Vaccination in Bombay 1856-1862 - 1856-1862
Year: 1856
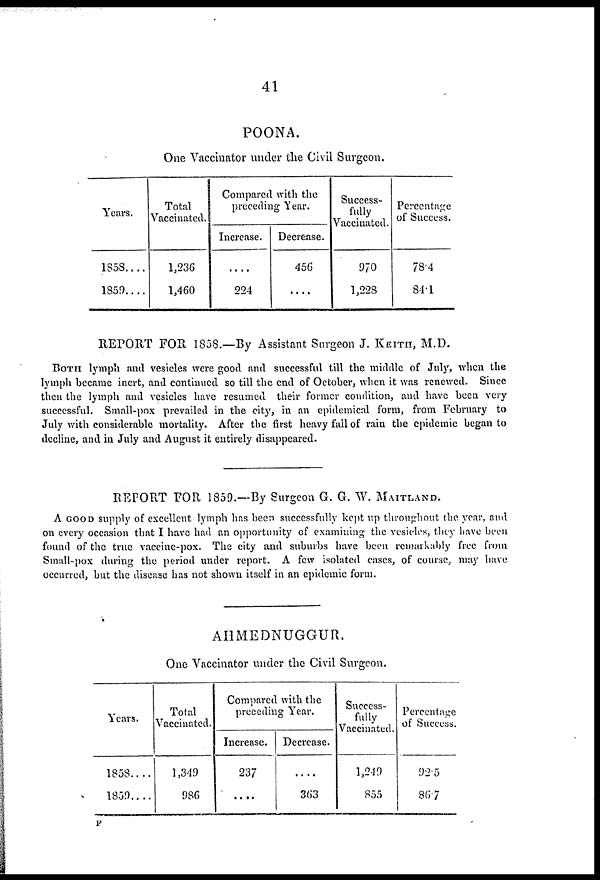
41
POONA.
One Vaccinator under the Civil Surgeon.
Years.
1858....
1859....
Total
Vaccinated.
1,236
1,460
Compared with the
preceding Year.
Increase.
....
224
Decrease.
456
....
Success¬
fully
Vaccinated.
970
1,228
Percentage
of Success.
78.4
84.1
RETORT FOR 1858.—By Assistant Surgeon J. KEITH, M.D.
BOTH lymph and vesicles were good and successful till the middle of July, when the
lymph became inert, and continued so till the end of October, when it was renewed. Since
then the lymph and vesicles have resumed their former condition, and have been very
successful. Small-pox prevailed in the city, in an epidemical form, from February to
July with considerable mortality. After the first heavy fall of rain the epidemic began to
decline, and in July and August it entirely disappeared.
REPORT FOR 1859.—By Surgeon G. G. W. MAITLAND.
A GOOD supply of excellent lymph has been successfully kept up throughout the year, and
on every occasion that I have had an opportunity of examining the vesicles, they have been
found of the true vaccine-pox. The city and suburbs have been remarkably free from
Small-pox during the period under report. A few isolated cases, of course, may have
occurred, but the disease has not shown itself in an epidemic form.
AHMEDNUGGUR.
One Vaccinator under the Civil Surgeon.
Years.
1858....
1859....
Total
Vaccinated.
1,349
986
Compared with the
preceding Year.
Increase.
237
....
Decrease.
....
363
Success-
fully
Vaccinated.
1,249
855
Percentage
of Success.
92.5
86.7
F